Vaccination returns of the Province of Eastern Bengal and Assam - 1905-1912
Year: 1905
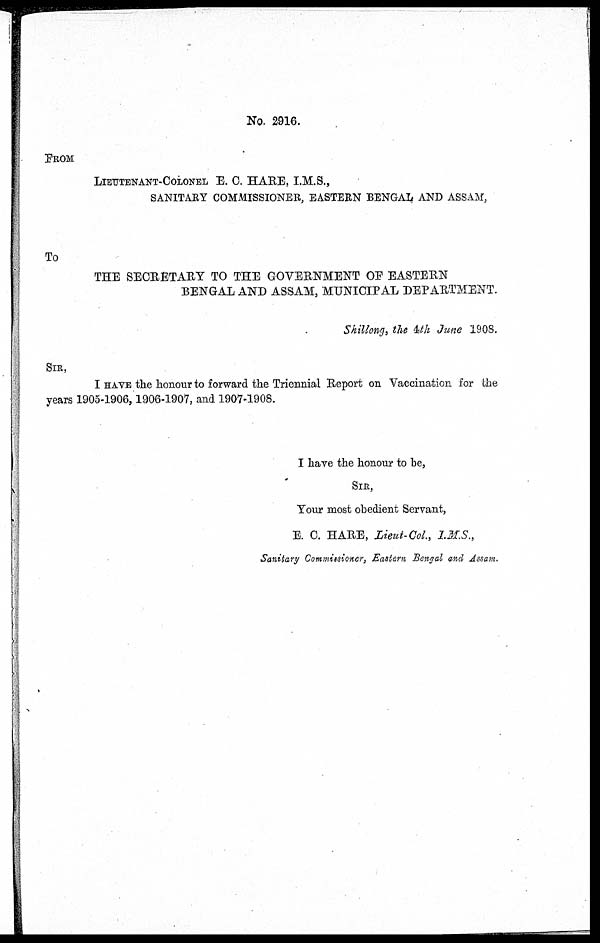
No. 2916.
FROM
LIEUTENANT-COLONEL E. C. HARE, I.M.S.,
SANITARY COMMISSIONER, EASTERN BENGAL AND ASSAM,
To
THE SECRETARY TO THE GOVERNMENT OF EASTERN
BENGAL AND ASSAM, MUNICIPAL DEPARTMENT.
Shillong, the 4th June 1908.
SIR,
I HAVE the honour to forward the Triennial Report on Vaccination for the
years 1905-1906,1906-1907, and 1907-1908.
I have the honour to be,
SIR,
Your most obedient Servant,
E. C. HARE, Lieut-Col., I.M.S.,
Sanitary Commissioner, Eastern Bengal and Assam.